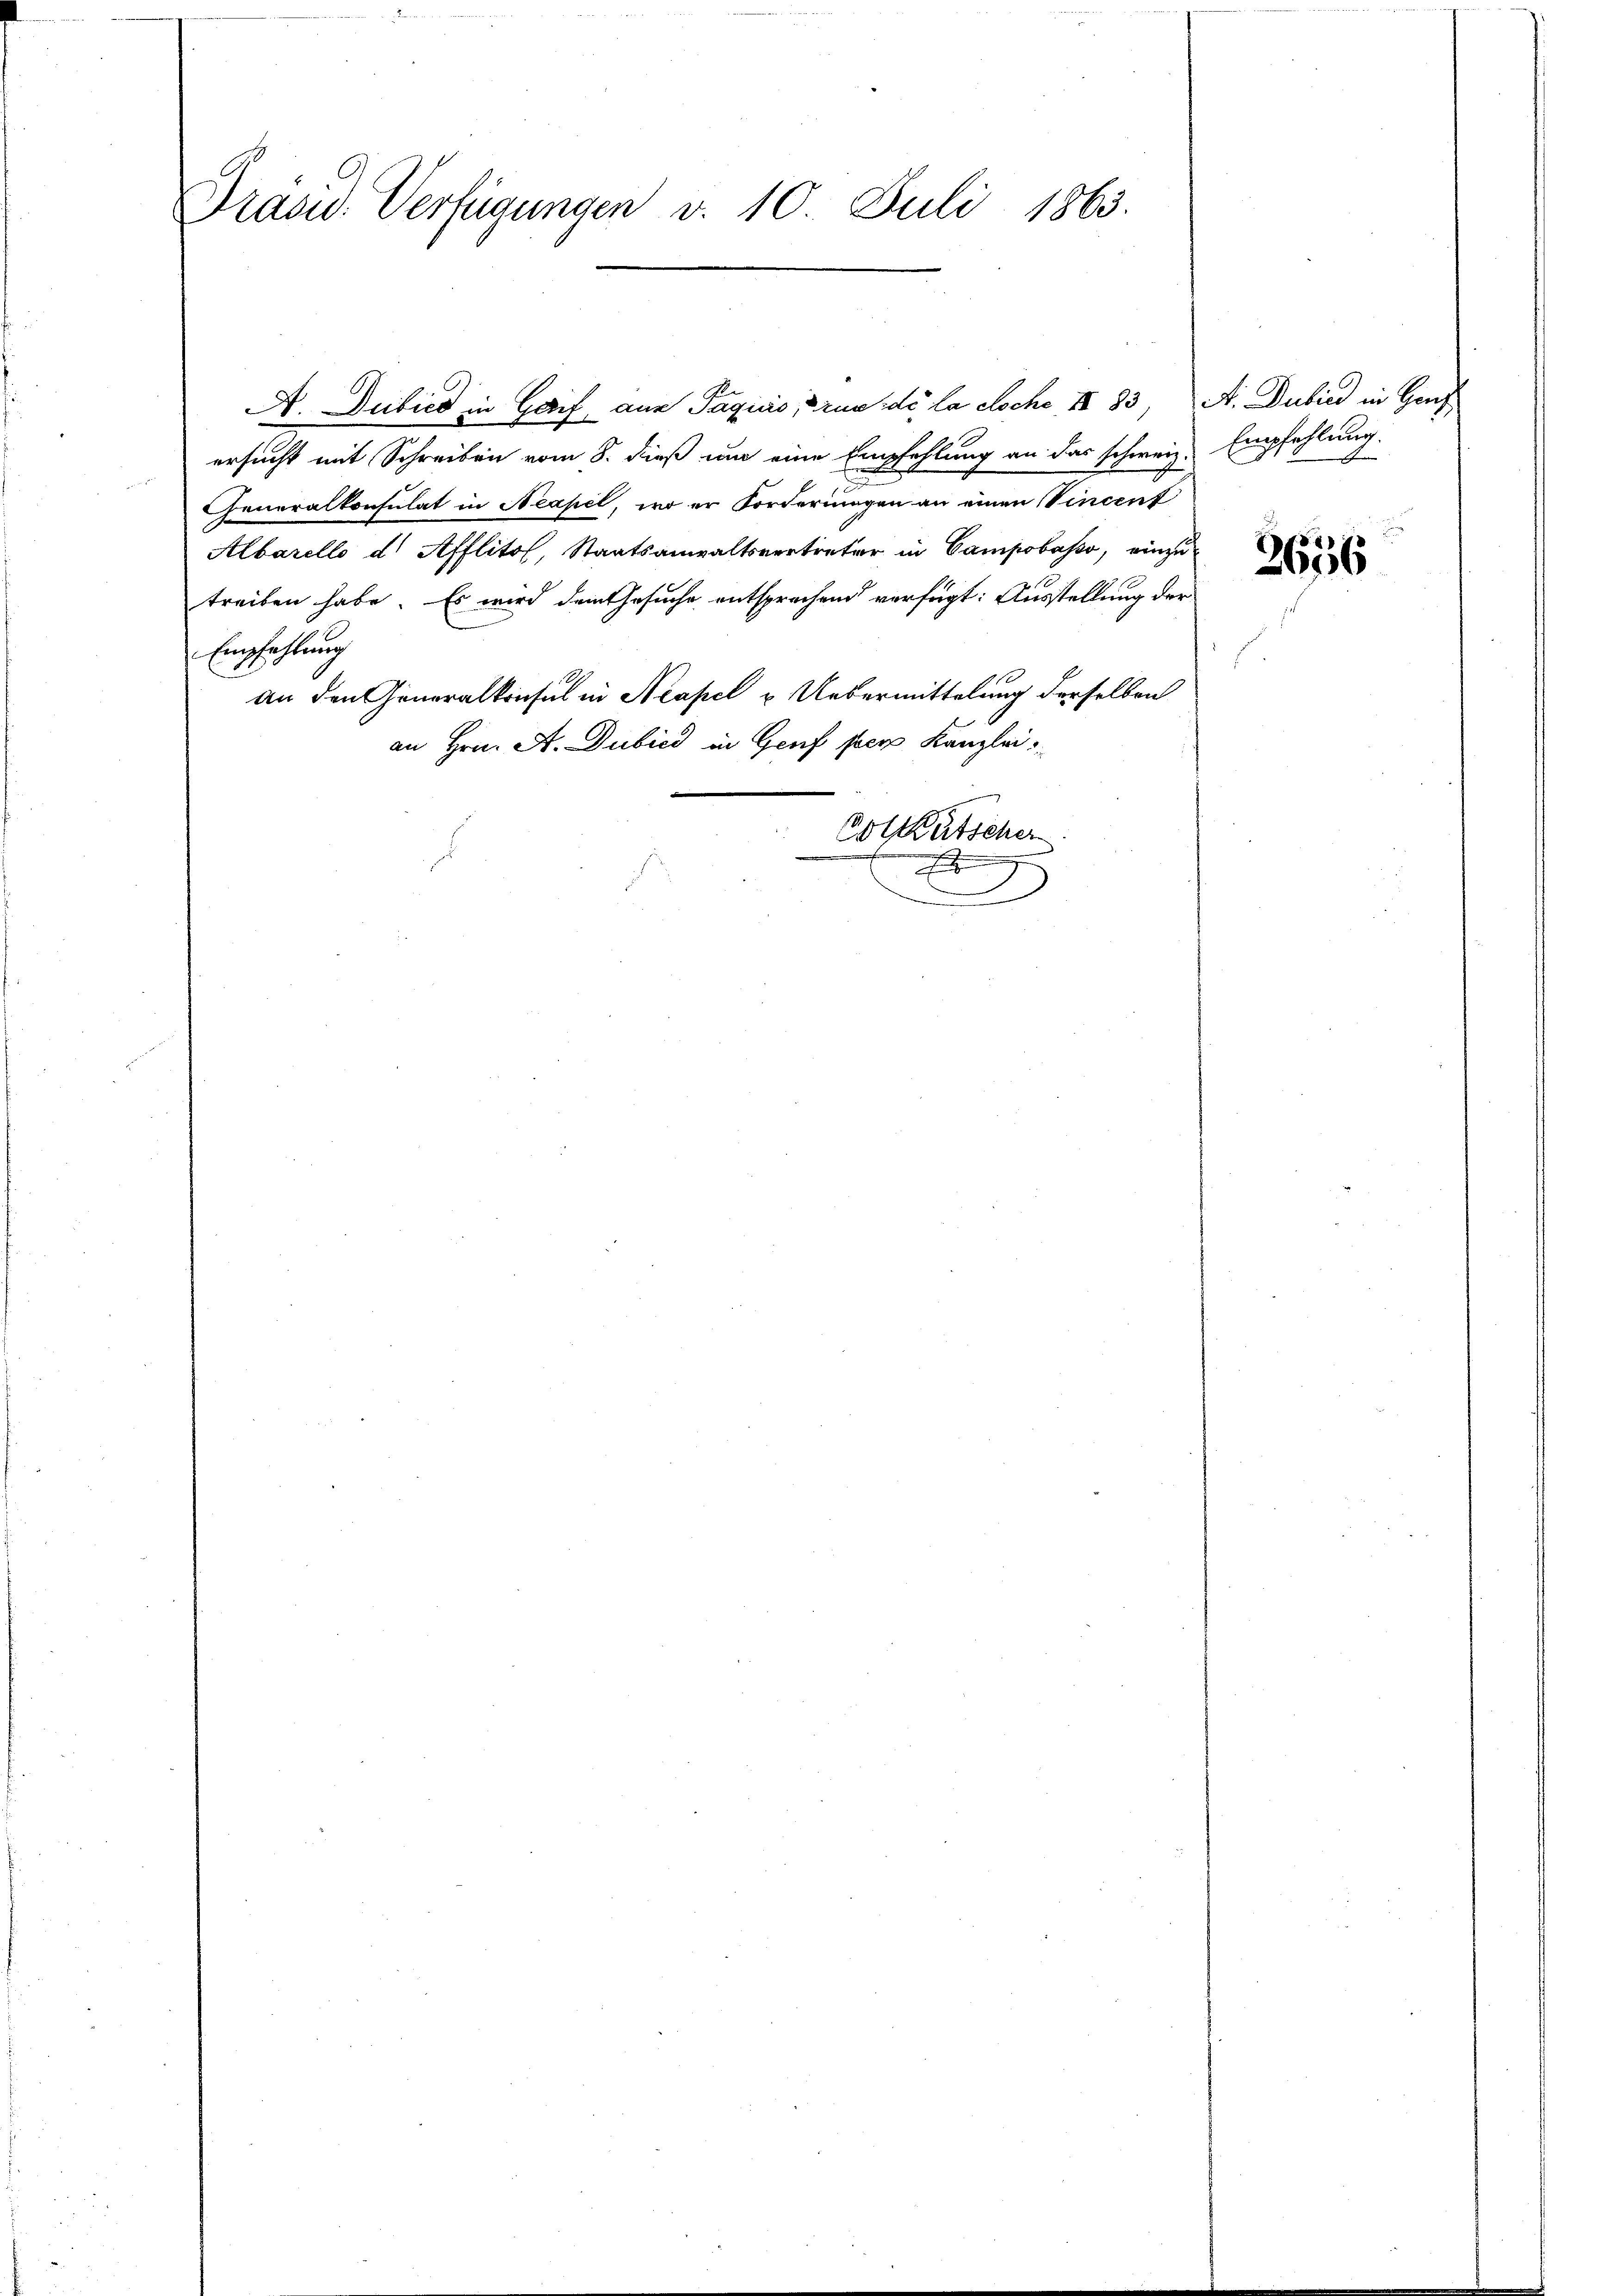
Präsid. Verfügungen v. 10. Juli 1863.

A. Dubica in Geif, aus Paquiorum de la doche II 83, A. Dubild in Genf
ersucht mit Schreiben vom 8. dieß um eine Empfehlung an das schweiz. Empfehlung
r
Generalkonsulat in Neapel, wo er Forderungen an einen Vincent
Albarello d Afflito, Staatsanwaltsvertreter in Campass, einzu
treiben habe. Es wird dem Gesuche entsprechend verfügt: Ausstellung der
Empfehlung
an den Generalkonsul in Neapel & Uebermittelung derselben
an Hrn. A. Dubild in Genf per Kanzlei.
Cottütscher
x

A

2656